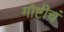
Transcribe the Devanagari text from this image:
गोष्टीचं